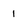
Character: 1